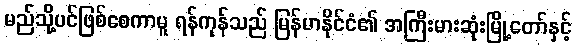
မည်သို့ပင်ဖြစ်စေကာမူ ရန်ကုန်သည် မြန်မာနိုင်ငံ၏ အကြီးမားဆုံးမြို့တော်နှင့်